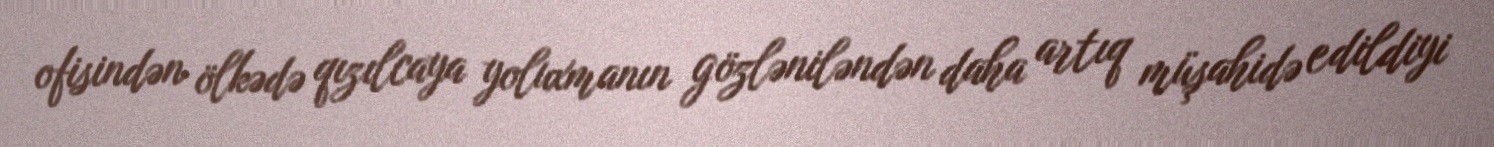
ofisindən ölkədə qızılcaya yoluxmanın gözləniləndən daha artıq müşahidə edildiyi